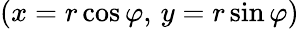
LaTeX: (x=r\cos\varphi,\, y=r\sin\varphi)